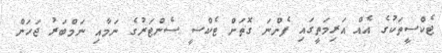
ޓެކްސީތަކުގެ އެއް އަރިމަތީގައި ފެންނަ ގޮތަށް ޓެކްސީ ސެންޓަރުގެ ނަމާއި ނަމްބަރު ޖަހަން